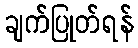
ချက်ပြုတ်ရန်